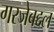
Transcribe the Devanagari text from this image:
गरजेबद्दल